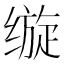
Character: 𰬵